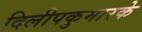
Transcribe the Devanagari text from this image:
दिलीपकुमारके